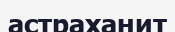
астраханит